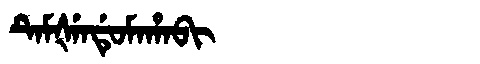
Manchu: ᡨᡝᠮᡧᡝᠨᡩᡠᠮᠠᡥᠠᠪᡳ
Romanization: TEMŠENDUMAHABI